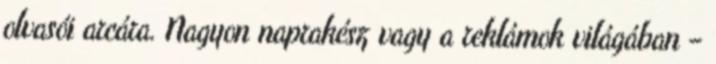
olvasói arcára. Nagyon naprakész vagy a reklámok világában –